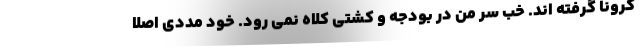
کرونا گرفته اند. خب سر من در بودجه و کشتی کلاه نمی رود. خود مددی اصلا